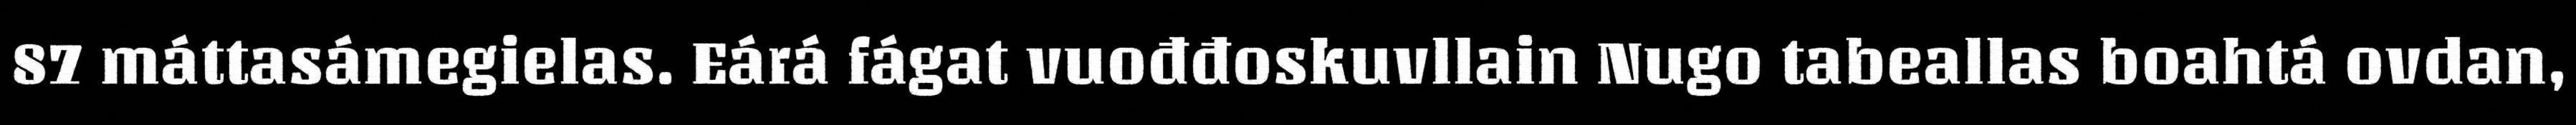
87 máttasámegielas. Eárá fágat vuođđoskuvllain Nugo tabeallas boahtá ovdan,